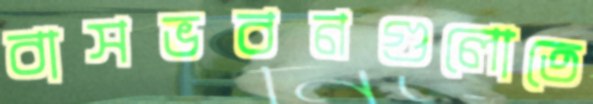
বাসভবনগুলোতে